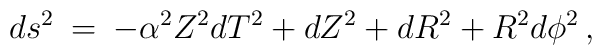
ds^2 \: = \: -\alpha ^2Z^2 dT^2+dZ^2+dR^2+R^2d\phi^2 \, ,